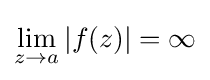
\lim _{z\to a}|f(z)|=\infty